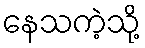
နေသကဲ့သို့